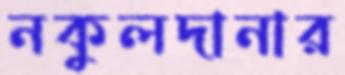
নকুলদানার